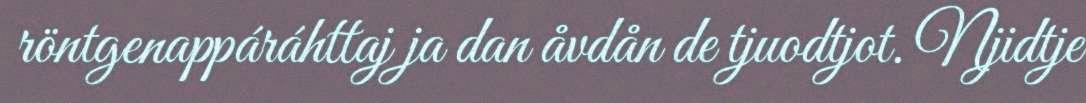
röntgenappáráhttaj ja dan åvdån de tjuodtjot. Njidtje